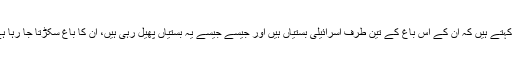
وہ کہتے ہیں کہ ان کے اس باغ کے تین طرف اسرائیلی بستیاں ہیں اور جیسے جیسے یہ بستیاں پھیل رہی ہیں، ان کا باغ سکڑتا جا رہا ہے ۔